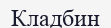
Кладбин